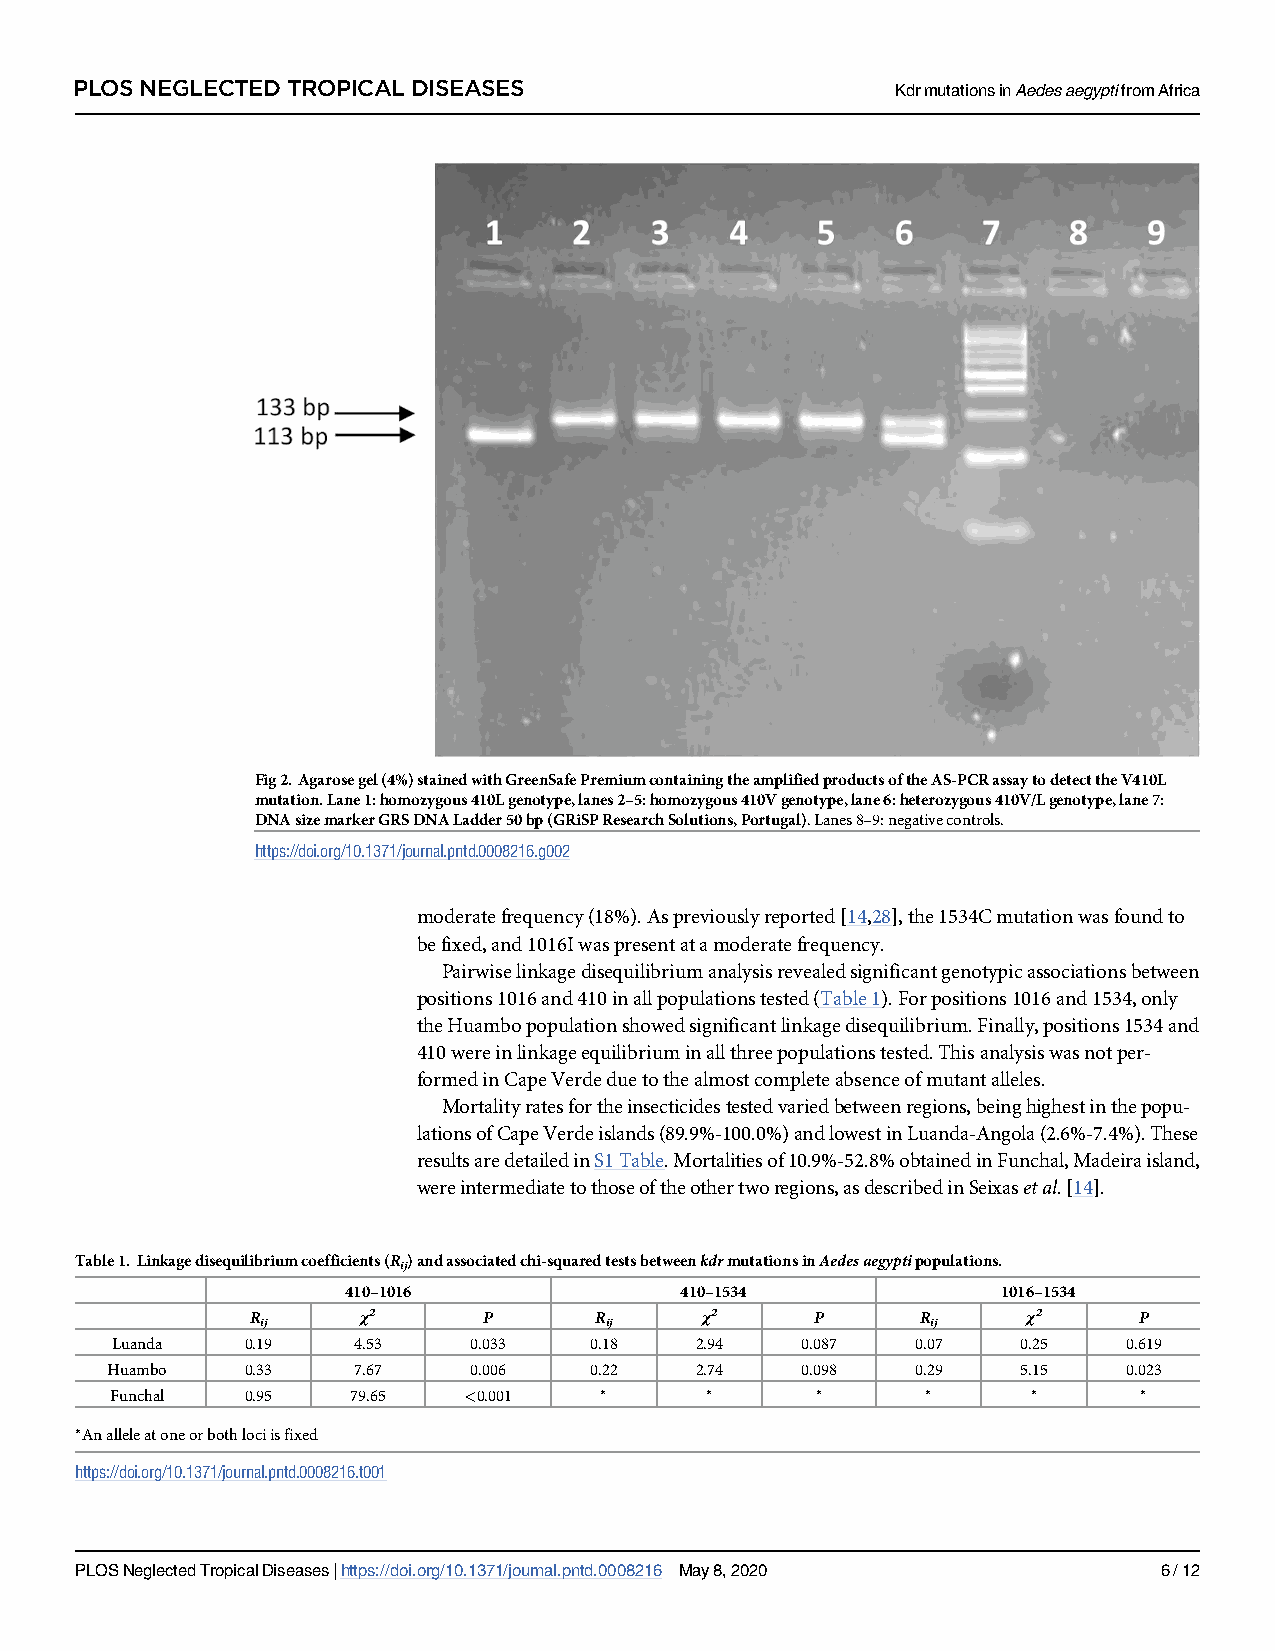
PLOS NEGLECTED TROPICAL DISEASES                      KdrmutationsinAedesaegyptifromAfrica
 Fig2.Agarosegel(4%)stainedwithGreenSafePremiumcontainingtheamplifiedproductsoftheAS-PCRassaytodetecttheV410L
 mutation.Lane1:homozygous410Lgenotype,lanes2–5:homozygous410Vgenotype,lane6:heterozygous410V/Lgenotype,lane7:
 DNAsizemarkerGRSDNALadder50bp(GRiSPResearchSolutions,Portugal).Lanes8–9:negativecontrols.
 https://doi.org/10.1371/journal.pntd.0008216.g002
 moderatefrequency(18%).Aspreviouslyreported[14,28],the1534Cmutationwasfoundto
 befixed,and1016Iwaspresentatamoderatefrequency.
 Pairwiselinkagedisequilibriumanalysisrevealedsignificantgenotypicassociationsbetween
 positions1016and410inallpopulationstested(Table1).Forpositions1016and1534,only
 theHuambopopulationshowedsignificantlinkagedisequilibrium.Finally,positions1534and
 410wereinlinkageequilibriuminallthreepopulationstested.Thisanalysiswasnotper-
 formedinCapeVerdeduetothealmostcompleteabsenceofmutantalleles.
 Mortalityratesfortheinsecticidestestedvariedbetweenregions,beinghighestinthepopu-
 lationsofCapeVerdeislands(89.9%-100.0%)andlowestinLuanda-Angola(2.6%-7.4%).These
 resultsaredetailedinS1Table.Mortalitiesof10.9%-52.8%obtainedinFunchal,Madeiraisland,
 wereintermediatetothoseoftheothertworegions,asdescribedinSeixasetal.[14].
 Table1. Linkagedisequilibriumcoefficients(R )andassociatedchi-squaredtestsbetweenkdrmutationsinAedesaegyptipopulations.
 ij
 410–1016              410–1534             1016–1534
 R      χ2      P      R      χ2      P      R      χ2     P
 ij                     ij                    ij
 Luanda   0.19   4.53    0.033   0.18   2.94   0.087   0.07   0.25   0.619
 Huambo   0.33   7.67    0.006   0.22   2.74   0.098   0.29   5.15   0.023
 Funchal  0.95   79.65   <0.001   �      �      �      �      �      �
 �Analleleatoneorbothlociisfixed
 https://doi.org/10.1371/journal.pntd.0008216.t001
 PLOSNeglectedTropicalDiseases|https://doi.org/10.1371/journal.pntd.0008216 May8,2020 6/12